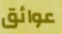
عوائق